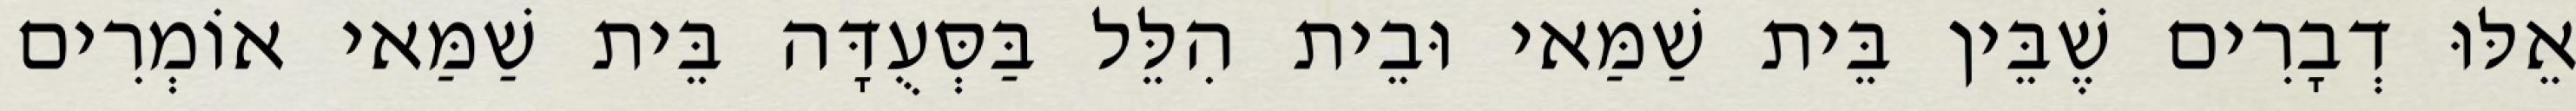
אֵלּוּ דְבָרִים שֶׁבֵּין בֵּית שַׁמַּאי וּבֵית הִלֵּל בַּסְּעֻדָּה בֵּית שַׁמַּאי אוֹמְרִים